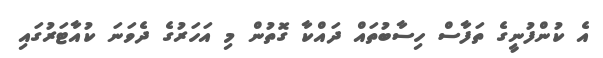
އެ ކުންފުނީގެ ތަފާސް ހިސާބުތައް ދައްކާ ގޮތުން މި އަހަރުގެ ދެވަނަ ކުއާޓަރުގައި